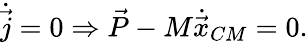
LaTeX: {\dot{\vec{j}}}=0\Rightarrow{\vec{P}}-M{\dot{\vec{x}}}_{CM}=0.